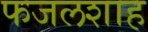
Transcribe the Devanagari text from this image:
फजलशाह